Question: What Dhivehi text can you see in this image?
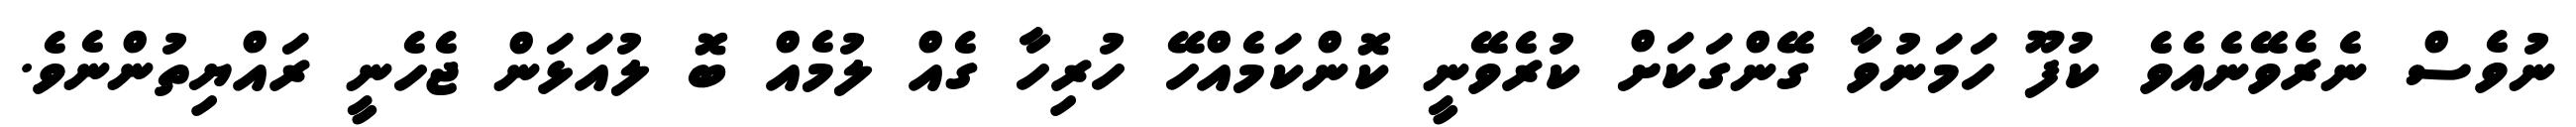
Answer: ނުވެސް ނެރެވޭނެއެވެ ކުފޫ ހަމަނުވާ ގޭންގަކަށް ކުރެވޭނީ ކޮންކަމެއްހޭ ހުރިހާ ގެއް ލުމެއް ބޮ ލުއަޅަން ޖެހެނީ ރައްޔިތުންނެވެ.